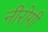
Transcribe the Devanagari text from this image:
नीरोगी